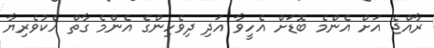
ރާއްޖެ އަށް އެންމެ ބޮޑަށް އެހީވާ އަދި ދިވެހިންގެ އެންމެ ގާތް އެކުވެރިޔާ